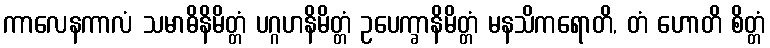
ကာလေနကာလံ သမာဓိနိမိတ္တံ ပဂ္ဂဟနိမိတ္တံ ဥပေက္ခာနိမိတ္တံ မနသိကရောတိ, တံ ဟောတိ စိတ္တံ